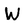
Character: W